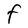
Character: F